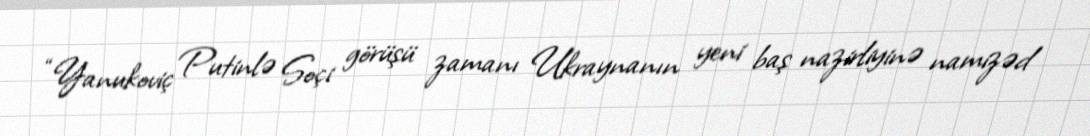
“Yanukoviç Putinlə Soçi görüşü zamanı Ukraynanın yeni baş nazirliyinə namizəd